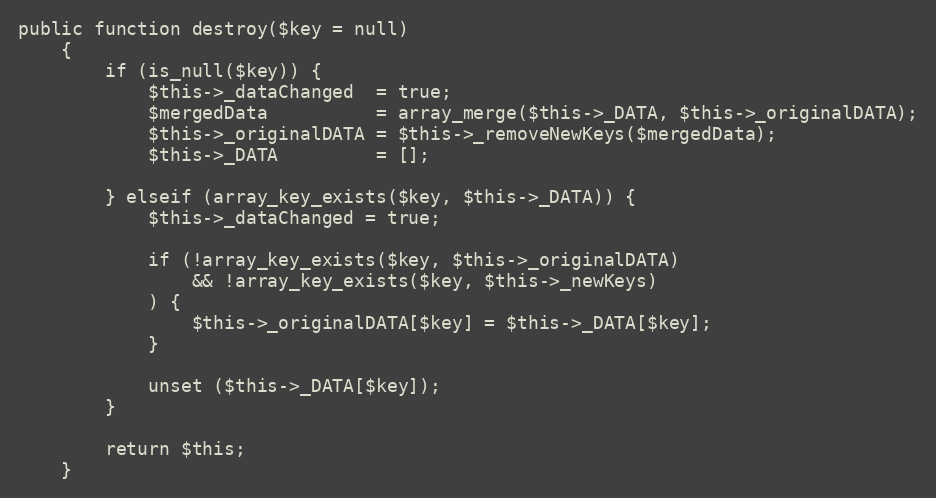
Language: PHP
public function destroy($key = null)
    {
        if (is_null($key)) {
            $this->_dataChanged  = true;
            $mergedData          = array_merge($this->_DATA, $this->_originalDATA);
            $this->_originalDATA = $this->_removeNewKeys($mergedData);
            $this->_DATA         = [];

        } elseif (array_key_exists($key, $this->_DATA)) {
            $this->_dataChanged = true;

            if (!array_key_exists($key, $this->_originalDATA)
                && !array_key_exists($key, $this->_newKeys)
            ) {
                $this->_originalDATA[$key] = $this->_DATA[$key];
            }

            unset ($this->_DATA[$key]);
        }

        return $this;
    }